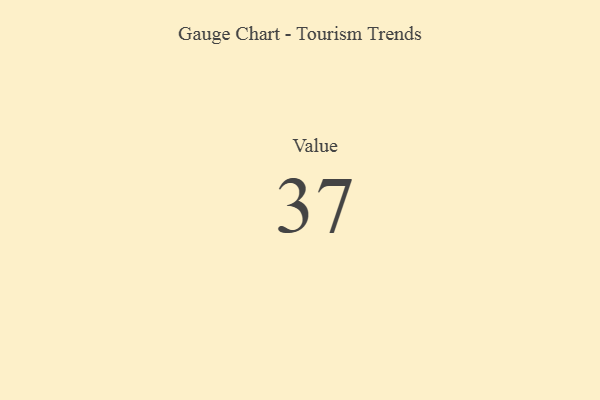
{"axis": {"x": "Metric", "y": "Value"}, "legend": [""], "data": [{"x": "Value", "y": 37, "type": ""}]}